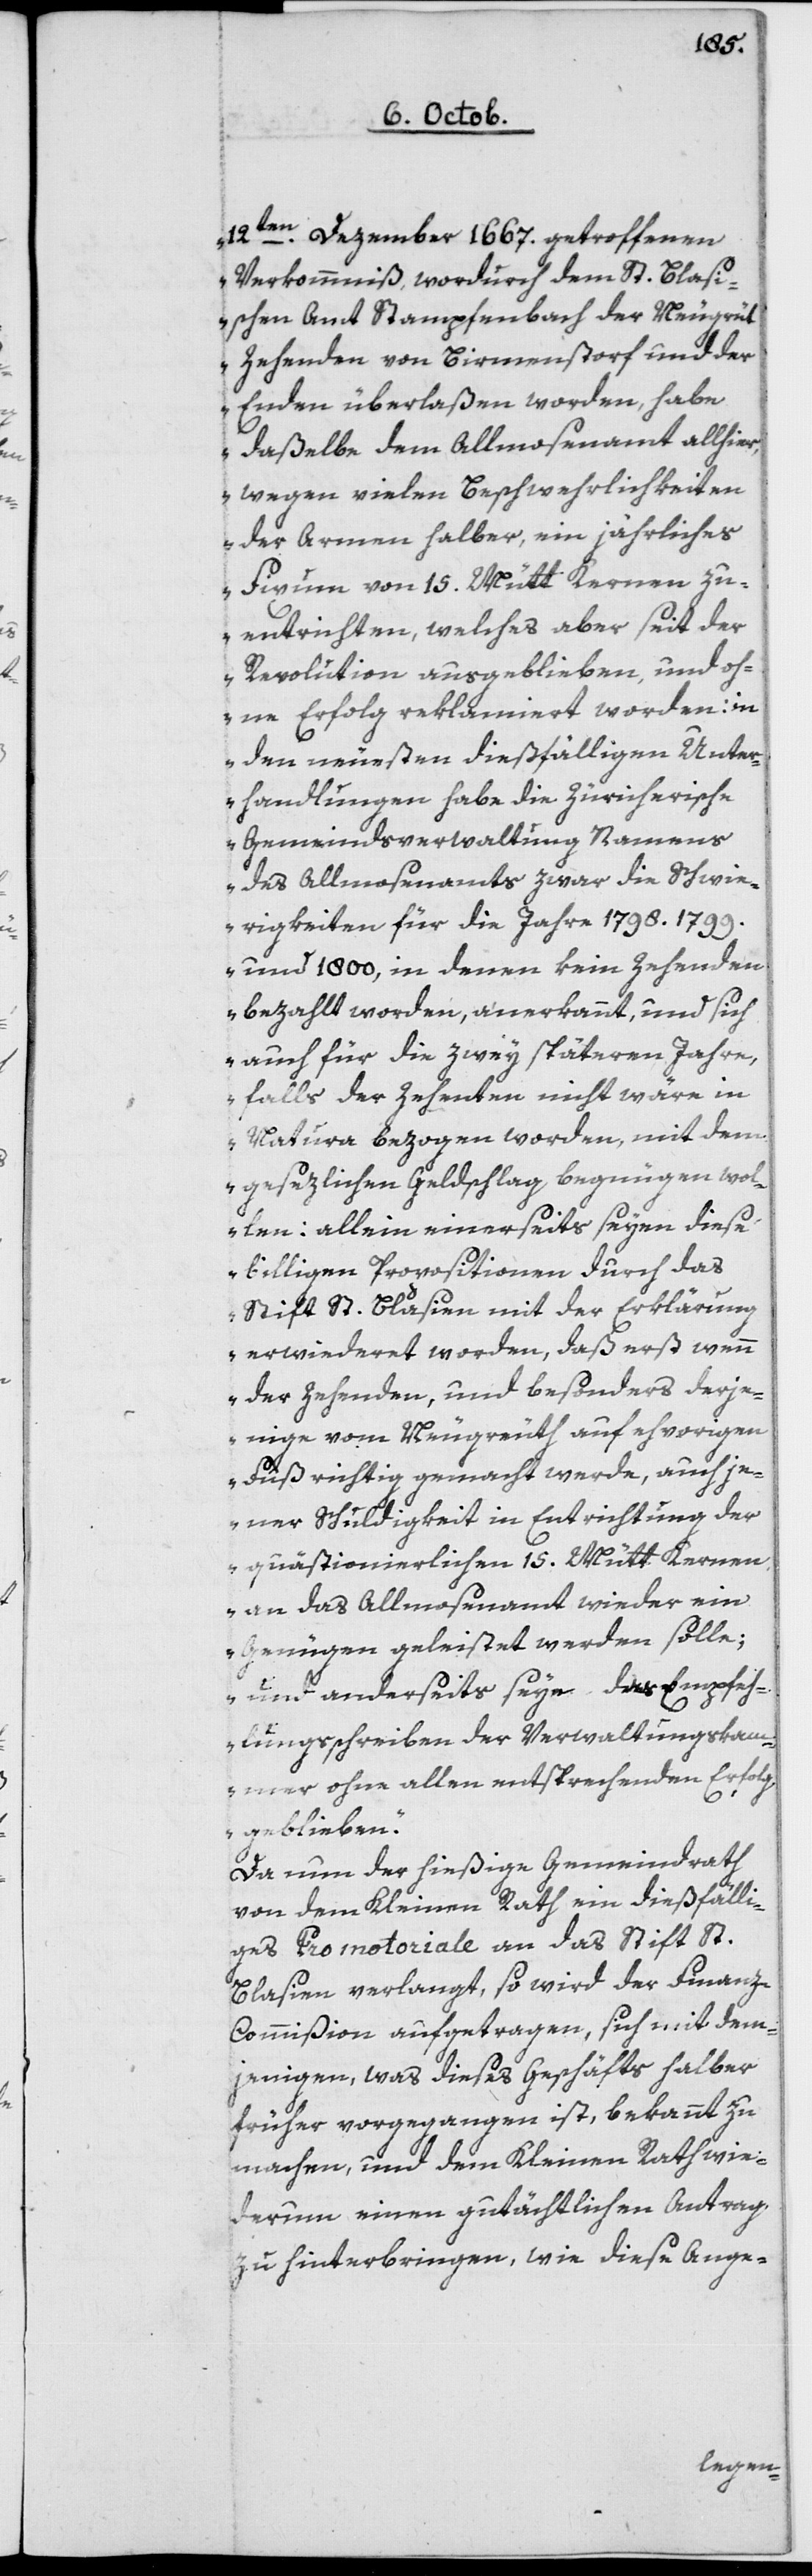
12ten Dezember 1667 getroffenen
Verkommniß, wodurch dem St. Blasi¬
schen Amt Stampfenbach der Neugrüt
Zehenden von Birmensdorf und der
Enden überlaßen worden, habe
daßelbe dem Allmosenamt allhier,
wegen vielen Beschwerlichkeiten
der Armen halber, ein jährliches
Fixum von 15 Mütt Kernen zu
entrichten, welches aber seit der
Revolution ausgeblieben, und oh¬
ne Erfolg reklamiert worden; in
den neuesten dießfälligen Unter¬
handlungen habe die Zürcherische
Gemeindsverwaltung Namens
des Allmosenamts zwar die Schwie¬
rigkeiten für die Jahre 1798[,] 1799
und 1800, in denen kein Zehenden
bezahlt worden, anerkannt, und sich
auch für die zwey späteren Jahre,
falls der Zehenten nicht wäre in
Natura bezogen worden, mit dem
gesezlichen Geldschlag begnügen wol¬
len: allein einerseits seyen diese
billigen Propositionen durch das
Stift St. Blasien mit der Erklärung
erwiederet worden, daß erst wenn
der Zehenden und besonders derje¬
nige von Neugreuth auf ehevorigen
Fuß richtig gemacht werde, auch je¬
ner Schuldigkeit in Entrichtung der
quästionierlichen 15 Mütt Kernen
an das Allmosenamt wieder ein
Genügen geleistet werden solle;
und anderseits seye das Empfeh¬
lungsschreiben der Verwaltungskam¬
mer ohne allen entsprechenden Erfolg
geblieben.“
Da nun der hießige Gemeindrath
von dem Kleinen Rath ein dießfälli¬
ges Promotoriale an das Stift St.
Blasien verlangt, so wird der Finan¬
z-Commißion aufgetragen, sich mit dem¬
jenigen, was dieses Geschäfts halber
früher vorgegangen ist, bekannt zu
machen, und dem Kleinen Rath wie¬
derum einen gutächtlichen Antrag
zu hinterbringen, wie diese Ange-